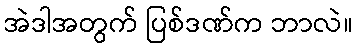
အဲဒါအတွက် ပြစ်ဒဏ်က ဘာလဲ။